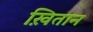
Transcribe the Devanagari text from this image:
ख़ितान